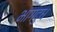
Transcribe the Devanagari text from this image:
भागदुध